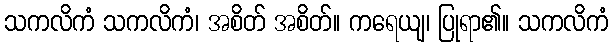
သကလိကံ သကလိကံ၊ အစိတ် အစိတ်။ ကရေယျ၊ ပြုရာ၏။ သကလိကံ